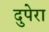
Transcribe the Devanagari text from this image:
दुपेरा